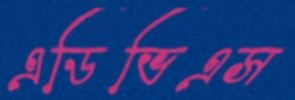
এডিভিএস